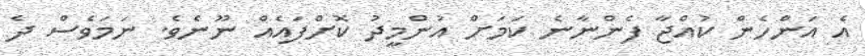
އެ އަންހެން ކުއްޖާ ފެންނާނެ ކަމަށް އުންމީދު ކޮށްފައެއް ނޫނެވެ. ނަމަވެސް ދެ